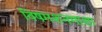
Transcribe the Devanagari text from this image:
विषमशनमाशा